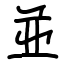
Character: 並